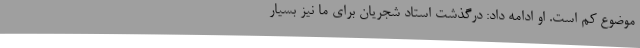
موضوع کم است. او ادامه داد: درگذشت استاد شجریان برای ما نیز بسیار